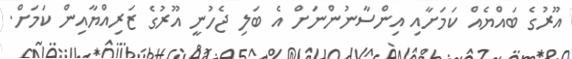
އޫރުގެ ބައްޔެއް ކަމަށާއި އިންސާނުންނަށް އެ ބަލި ޖެހުނީ އޫރުގެ ޒަރިއްޔާއިން ކަމަށް.